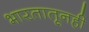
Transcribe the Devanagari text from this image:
भारतातूनही